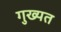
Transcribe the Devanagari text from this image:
गुख्यत